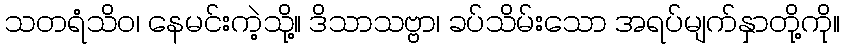
သတရံသိဝ၊ နေမင်းကဲ့သို့။ ဒိသာသဗ္ဗာ၊ ခပ်သိမ်းသော အရပ်မျက်နှာတို့ကို။